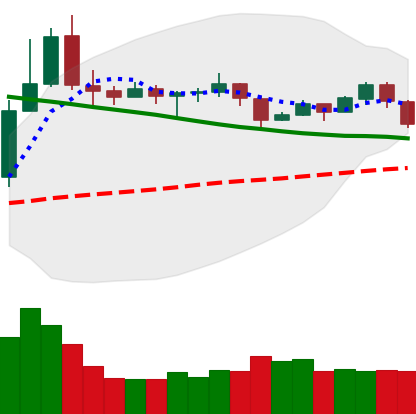
Ticker: TRX-USD
Chart end date: 2019-11-15
Forward return: -10.598%
Label: down_7plus